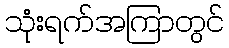
သုံးရက်အကြာတွင်